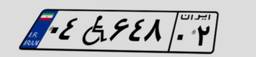
۰۴W۶۴۸۰۲